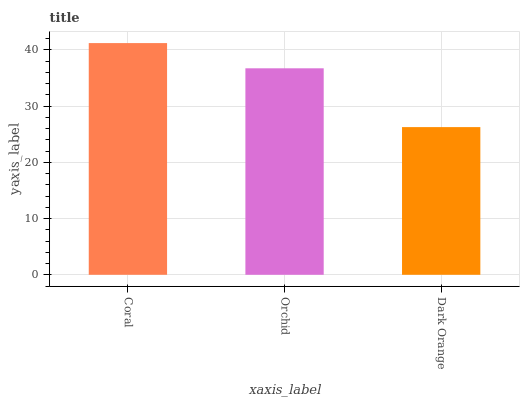
| xaxis_label | bars |
 | --- | --- |
 | Coral | 41.2 |
 | Orchid | 36.7 |
 | Dark Orange | 26.3 |